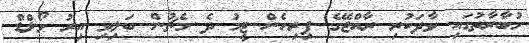
މުބާރާތުގައި ވާދަކުރި ރާއްޖޭގެ ފިރިހެން ޓީމު ދެ މެޗުން ބަލިވި އިރު ވޯލްޑް